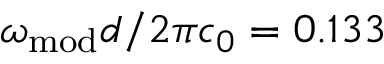
\omega _ { \mathrm { m o d } } d / 2 \pi c _ { 0 } = 0 . 1 3 3